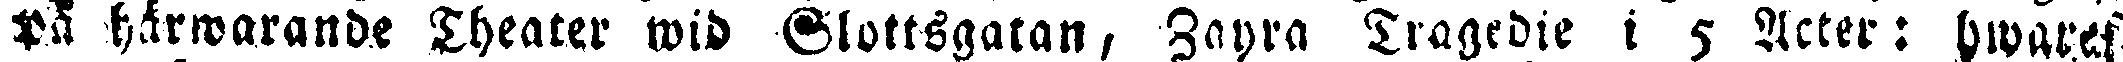
på härwarande Theater wid Slottsgatan, Zayra Tragedie i 5 Acter: hwaraf